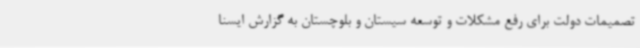
تصمیمات دولت برای رفع مشکلات و توسعه سیستان و بلوچستان به گزارش ایسنا